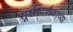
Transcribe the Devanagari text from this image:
सूक्ष्मदर्शकाच्या